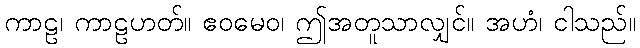
ကာဠ၊ ကာဠဟတ်။ ဧဝမေဝ၊ ဤအတူသာလျှင်။ အဟံ၊ ငါသည်။